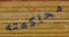
محاكمته